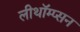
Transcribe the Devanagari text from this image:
लीथॉम्प्सन